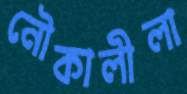
নৌকালীলা